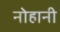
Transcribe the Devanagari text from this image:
नोहानी